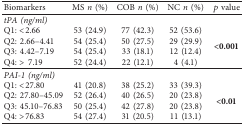
| Biomarkers | MS n (%) | COB n (%) | NC n (%) | p value |
 | --- | --- | --- | --- | --- |
 | tPA (ng/ml) |  |  |  |  |
 | Q1: <2.66 | 53 (24.9) | 77 (42.3) | 52 (53.6) | <ROWSPAN=4> <0.001 |
 | Q2: 2.66–4.41 | 54 (25.4) | 50 (27.5) | 29 (29.9) |
 | Q3: 4.42–7.19 | 54 (25.4) | 33 (18.1) | 12 (12.4) |
 | Q4: > 7.19 | 52 (24.4) | 22 (12.1) | 4 (4.1) |
 | PAI-1 (ng/ml) |  |  |  |  |
 | Q1: <27.80 | 41 (20.8) | 38 (25.2) | 33 (39.3) | <ROWSPAN=4> <0.01 |
 | Q2: 27.80–45.09 | 52 (26.4) | 40 (26.5) | 20 (23.8) |
 | Q3: 45.10–76.83 | 50 (25.4) | 42 (27.8) | 20 (23.8) |
 | Q4: >76.83 | 54 (27.4) | 31 (20.5) | 11 (13.1) |